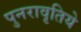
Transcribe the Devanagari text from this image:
पुनरावृतिये